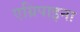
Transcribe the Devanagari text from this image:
एग्रिपाइना